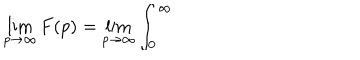
\lim _ { p \rightarrow \infty } F ( p ) = \lim _ { p \rightarrow \infty } \int _ { 0 } ^ { \infty }